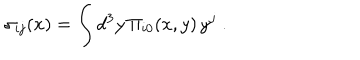
\sigma _ { i j } ( x ) = \int d ^ { 3 } y \, \Pi _ { i 0 } ( x , y ) \, y ^ { j } \; .